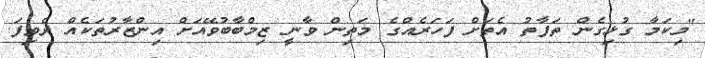
"މިކަމާ ގުޅިގެން ތަފާތު އެތަށް ފަހަރެއްގެ މަތިން ވާނީ ޒިމްބާބުވޭއަށް އިންޒާރުތަކެއް ދެވިފަ.